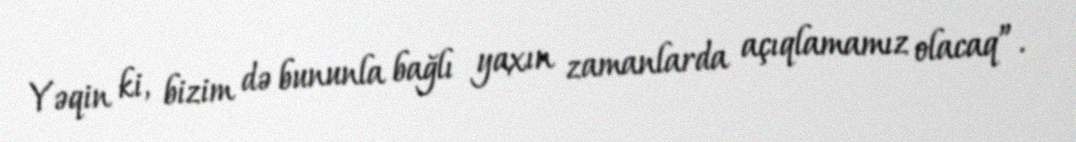
Yəqin ki, bizim də bununla bağlı yaxın zamanlarda açıqlamamız olacaq”.